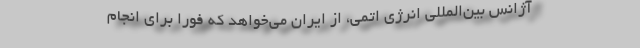
آژانس بین‌المللی انرژی اتمی، از ایران می‌خواهد که فوراً برای انجام